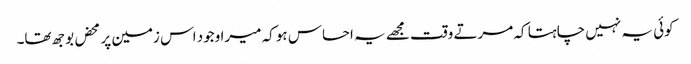
کوئی یہ نہیں چاہتا کہ مرتے وقت مجھے یہ احساس ہو کہ میرا وجود اس زمین پر محض بوجھ تھا۔